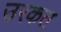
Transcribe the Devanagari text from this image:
उरकत